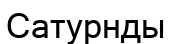
Сатурнды